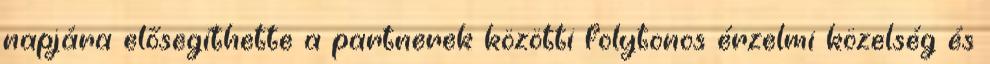
napjára elősegíthette a partnerek közötti folytonos érzelmi közelség és